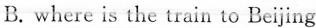
B.where is the train to Beijing